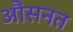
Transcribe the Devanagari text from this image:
औसनत